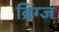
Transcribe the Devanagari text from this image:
ब्रिंग्ज